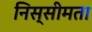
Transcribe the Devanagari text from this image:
निस्सीमता